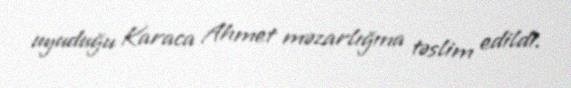
uyuduğu Karaca Ahmet məzarlığına təslim edildi.